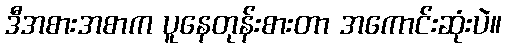
ဒီအစားအစာက ပူနေတုန်းစားတာ အကောင်းဆုံးပဲ။